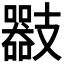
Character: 𢻪